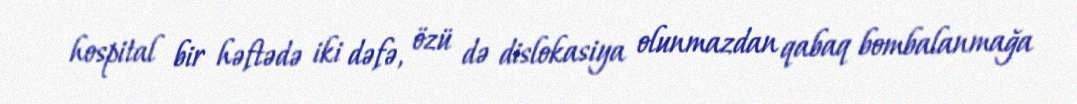
hospital bir həftədə iki dəfə, özü də dislokasiya olunmazdan qabaq bombalanmağa